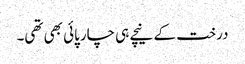
درخت کے نیچے ہی چارپائی بھی تھی۔